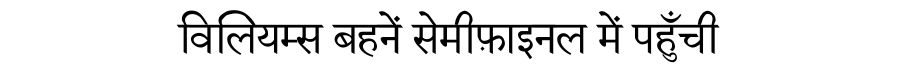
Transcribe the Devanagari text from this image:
विलियम्स बहनें सेमीफ़ाइनल में पहुँची